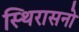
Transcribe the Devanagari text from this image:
स्थिरासनो